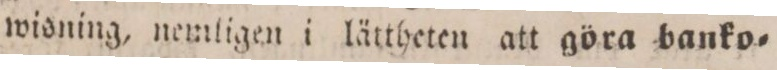
wisning, nemligen i lättheten att göra banko=